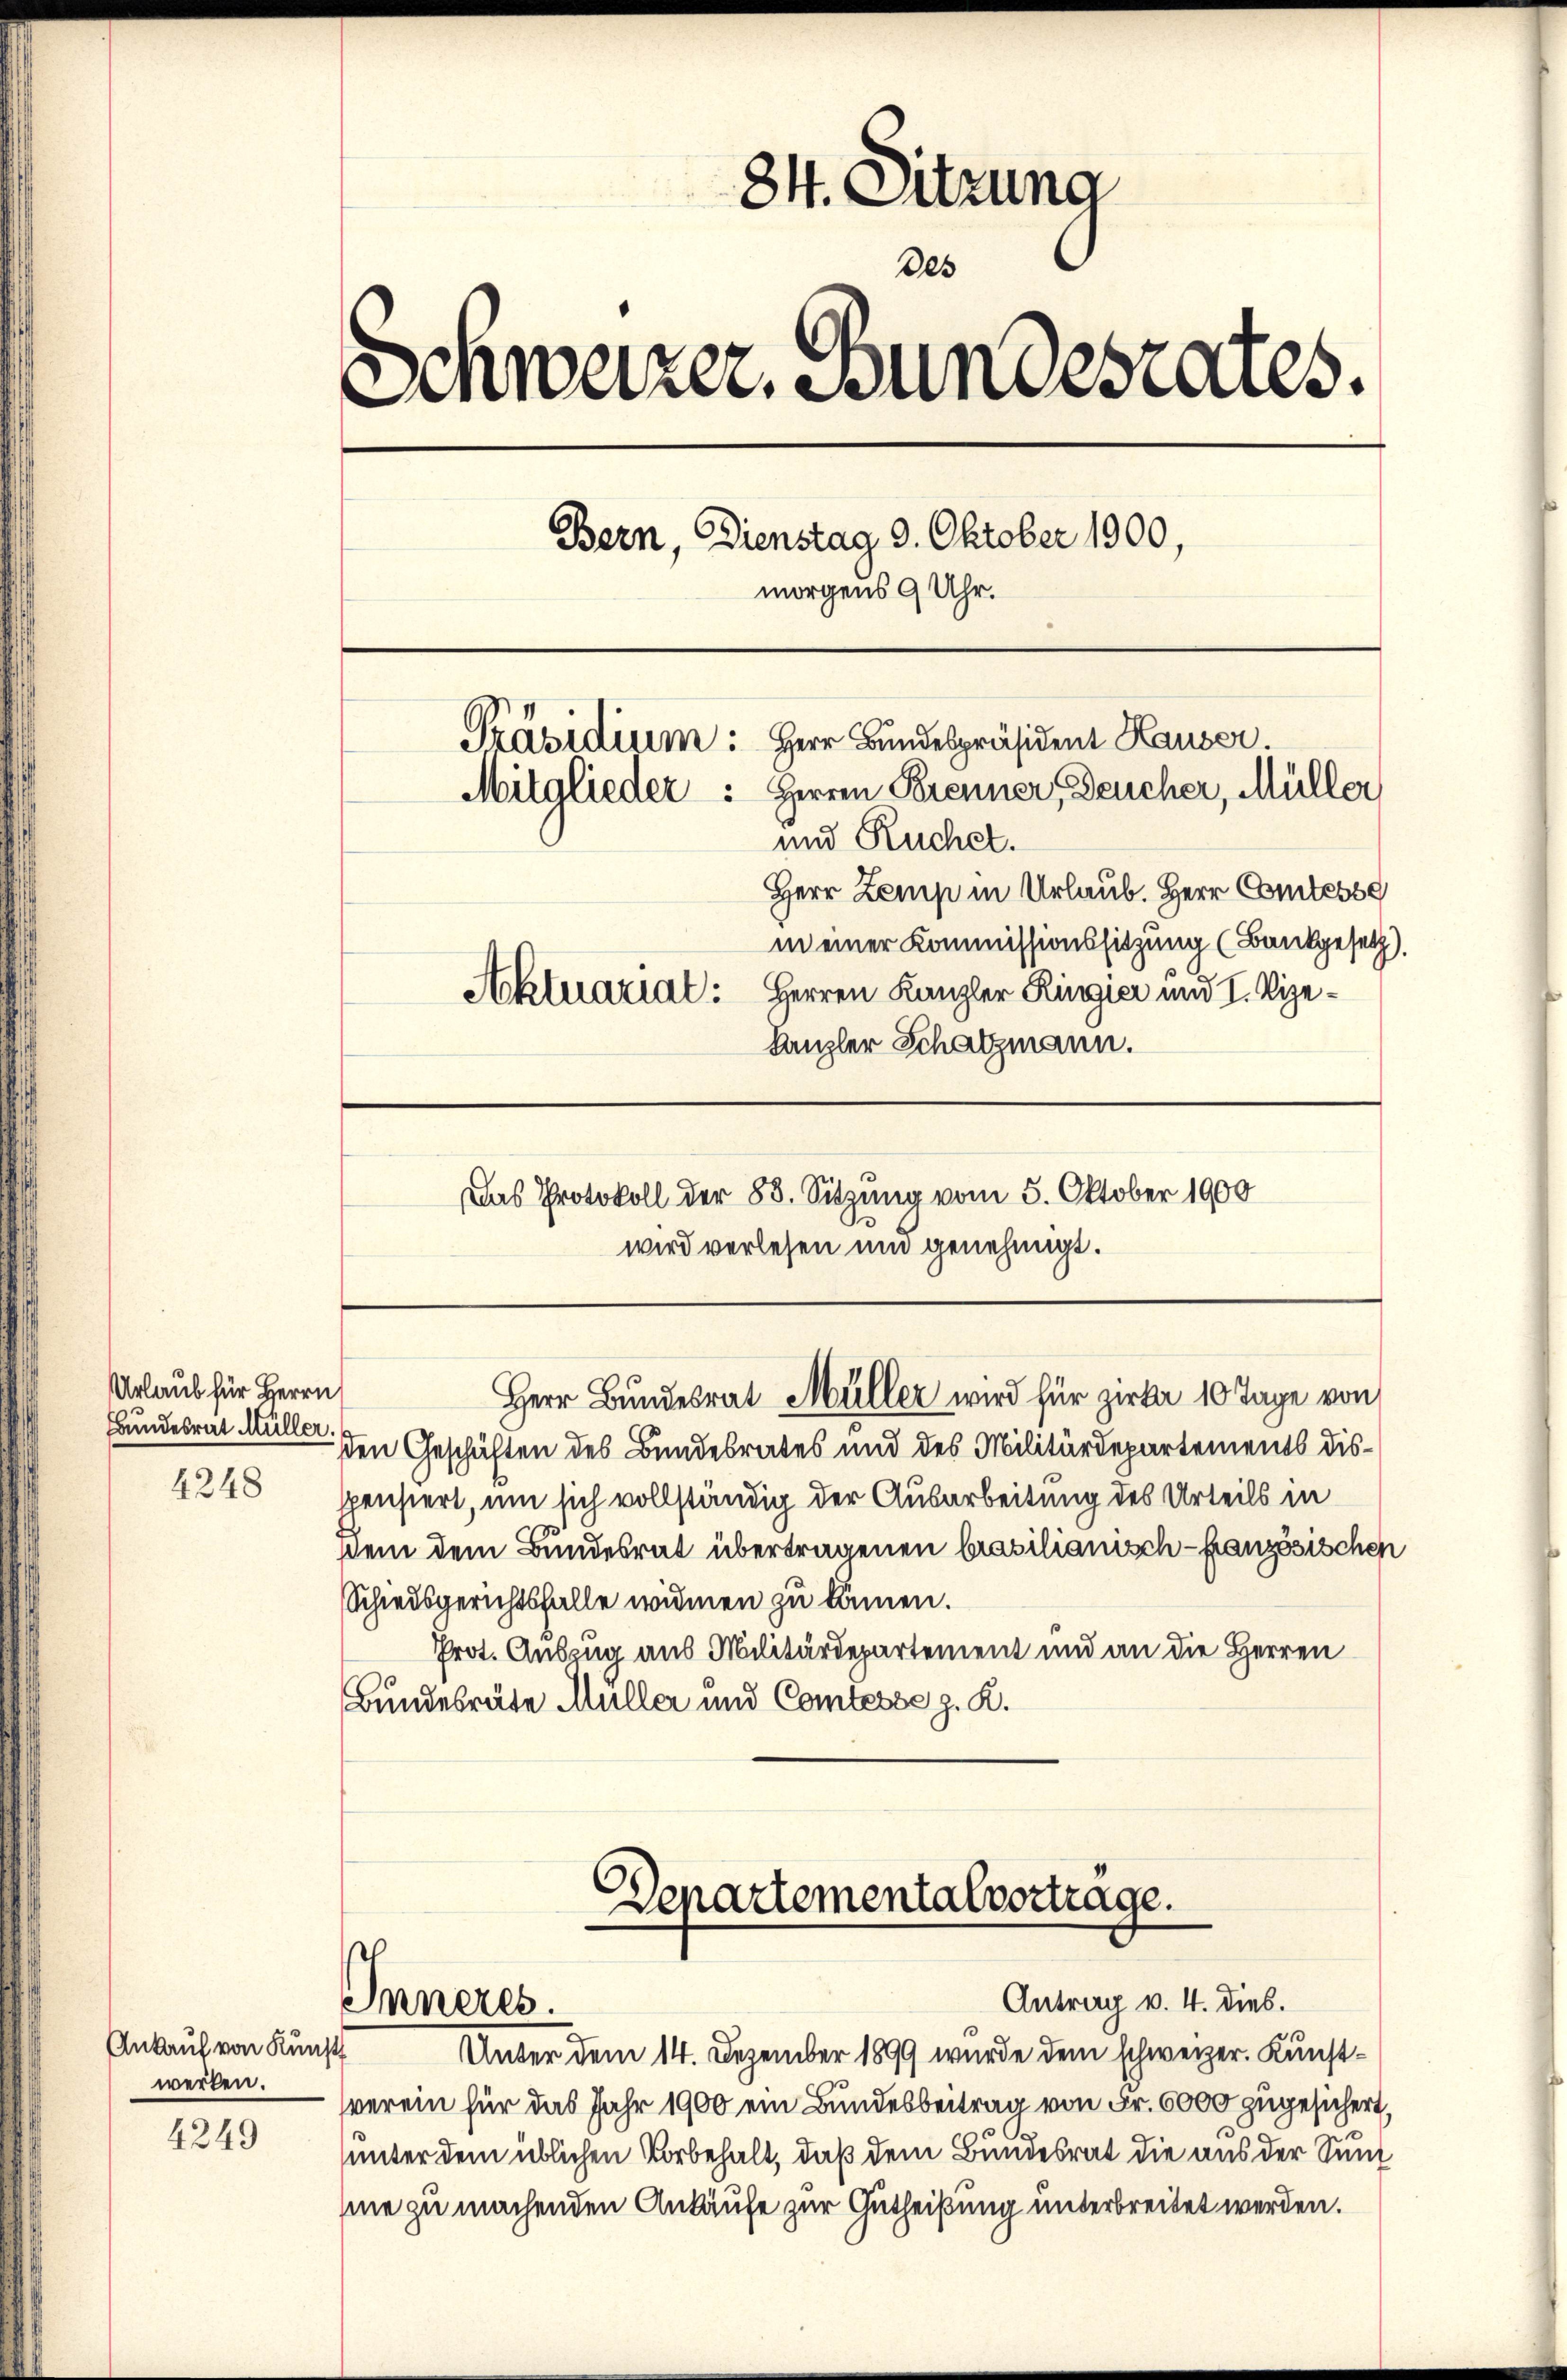
Urlaub für Herrn
Bundesrat Müller.
4248

Ankauf von Kunst
werken.

4249

84. Ditzung
des
Schweizer, Bundesrates.
Bern, Dienstag 9. Oktober 1900,
morgens 9 Uhr.
Präsidium: Herr Bundespräsident Hauser
Mitglieder: Herren Brenner, Deucher, Müller
und Ruchet.
Herr Zemp in Urlaub. Herr Comtesse
in einer Kommissionssitzung (Bankgesetz).
Aktuarialt: Herren Kanzler Ringier und I. Vize¬
Kanzler Schatzmann.

Das Protokoll der 83. Sitzung vom 5. Oktober 1900
wird verlesen und genehmigt.

den Geschäften des Bundesrates und des Militärdepartements disspensiert, um sich vollständig der Ausarbeitung des Urteils in
sei dem Bundesrat übertragenen brasilianisch französischen
Schweisgerichtsfalle widmen zu können.
Prot. Auszug aus Militärdepartement und an die Herren
Bundesräte Müller und Comtesse z. R.

Herr Bundesrat Müller wird für Zirka 10 Tage von

Departementalvortrage.
Antrag v. 4. dies.
Inneres.

Unter dem 14. Dezember 1899 wurde dem schweizer. Kunstverein für das Jahr 1900 ein Bundesbeitrag von Fr. 6000 zugesichert,
unter dem üblichen Vorbehalt, daß dem Bundesrat die aus der Sund
me zu machenden Ankäufe zur Gutheißung unterbreitet werden.